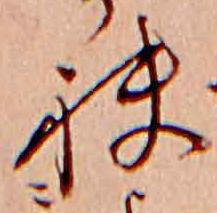
袂